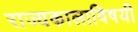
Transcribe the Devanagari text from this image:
राज्यकालाविषयी